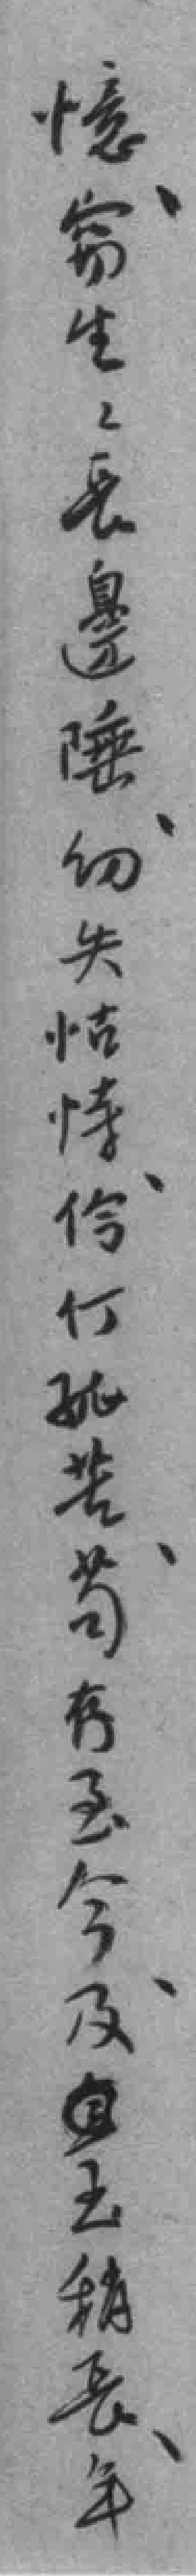
憶窃生生長邊陲㓜失怙恃伶仃孤苦苟存至今及至稍長年